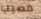
مصيب